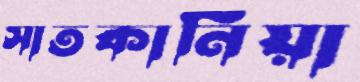
সাতকানিয়া